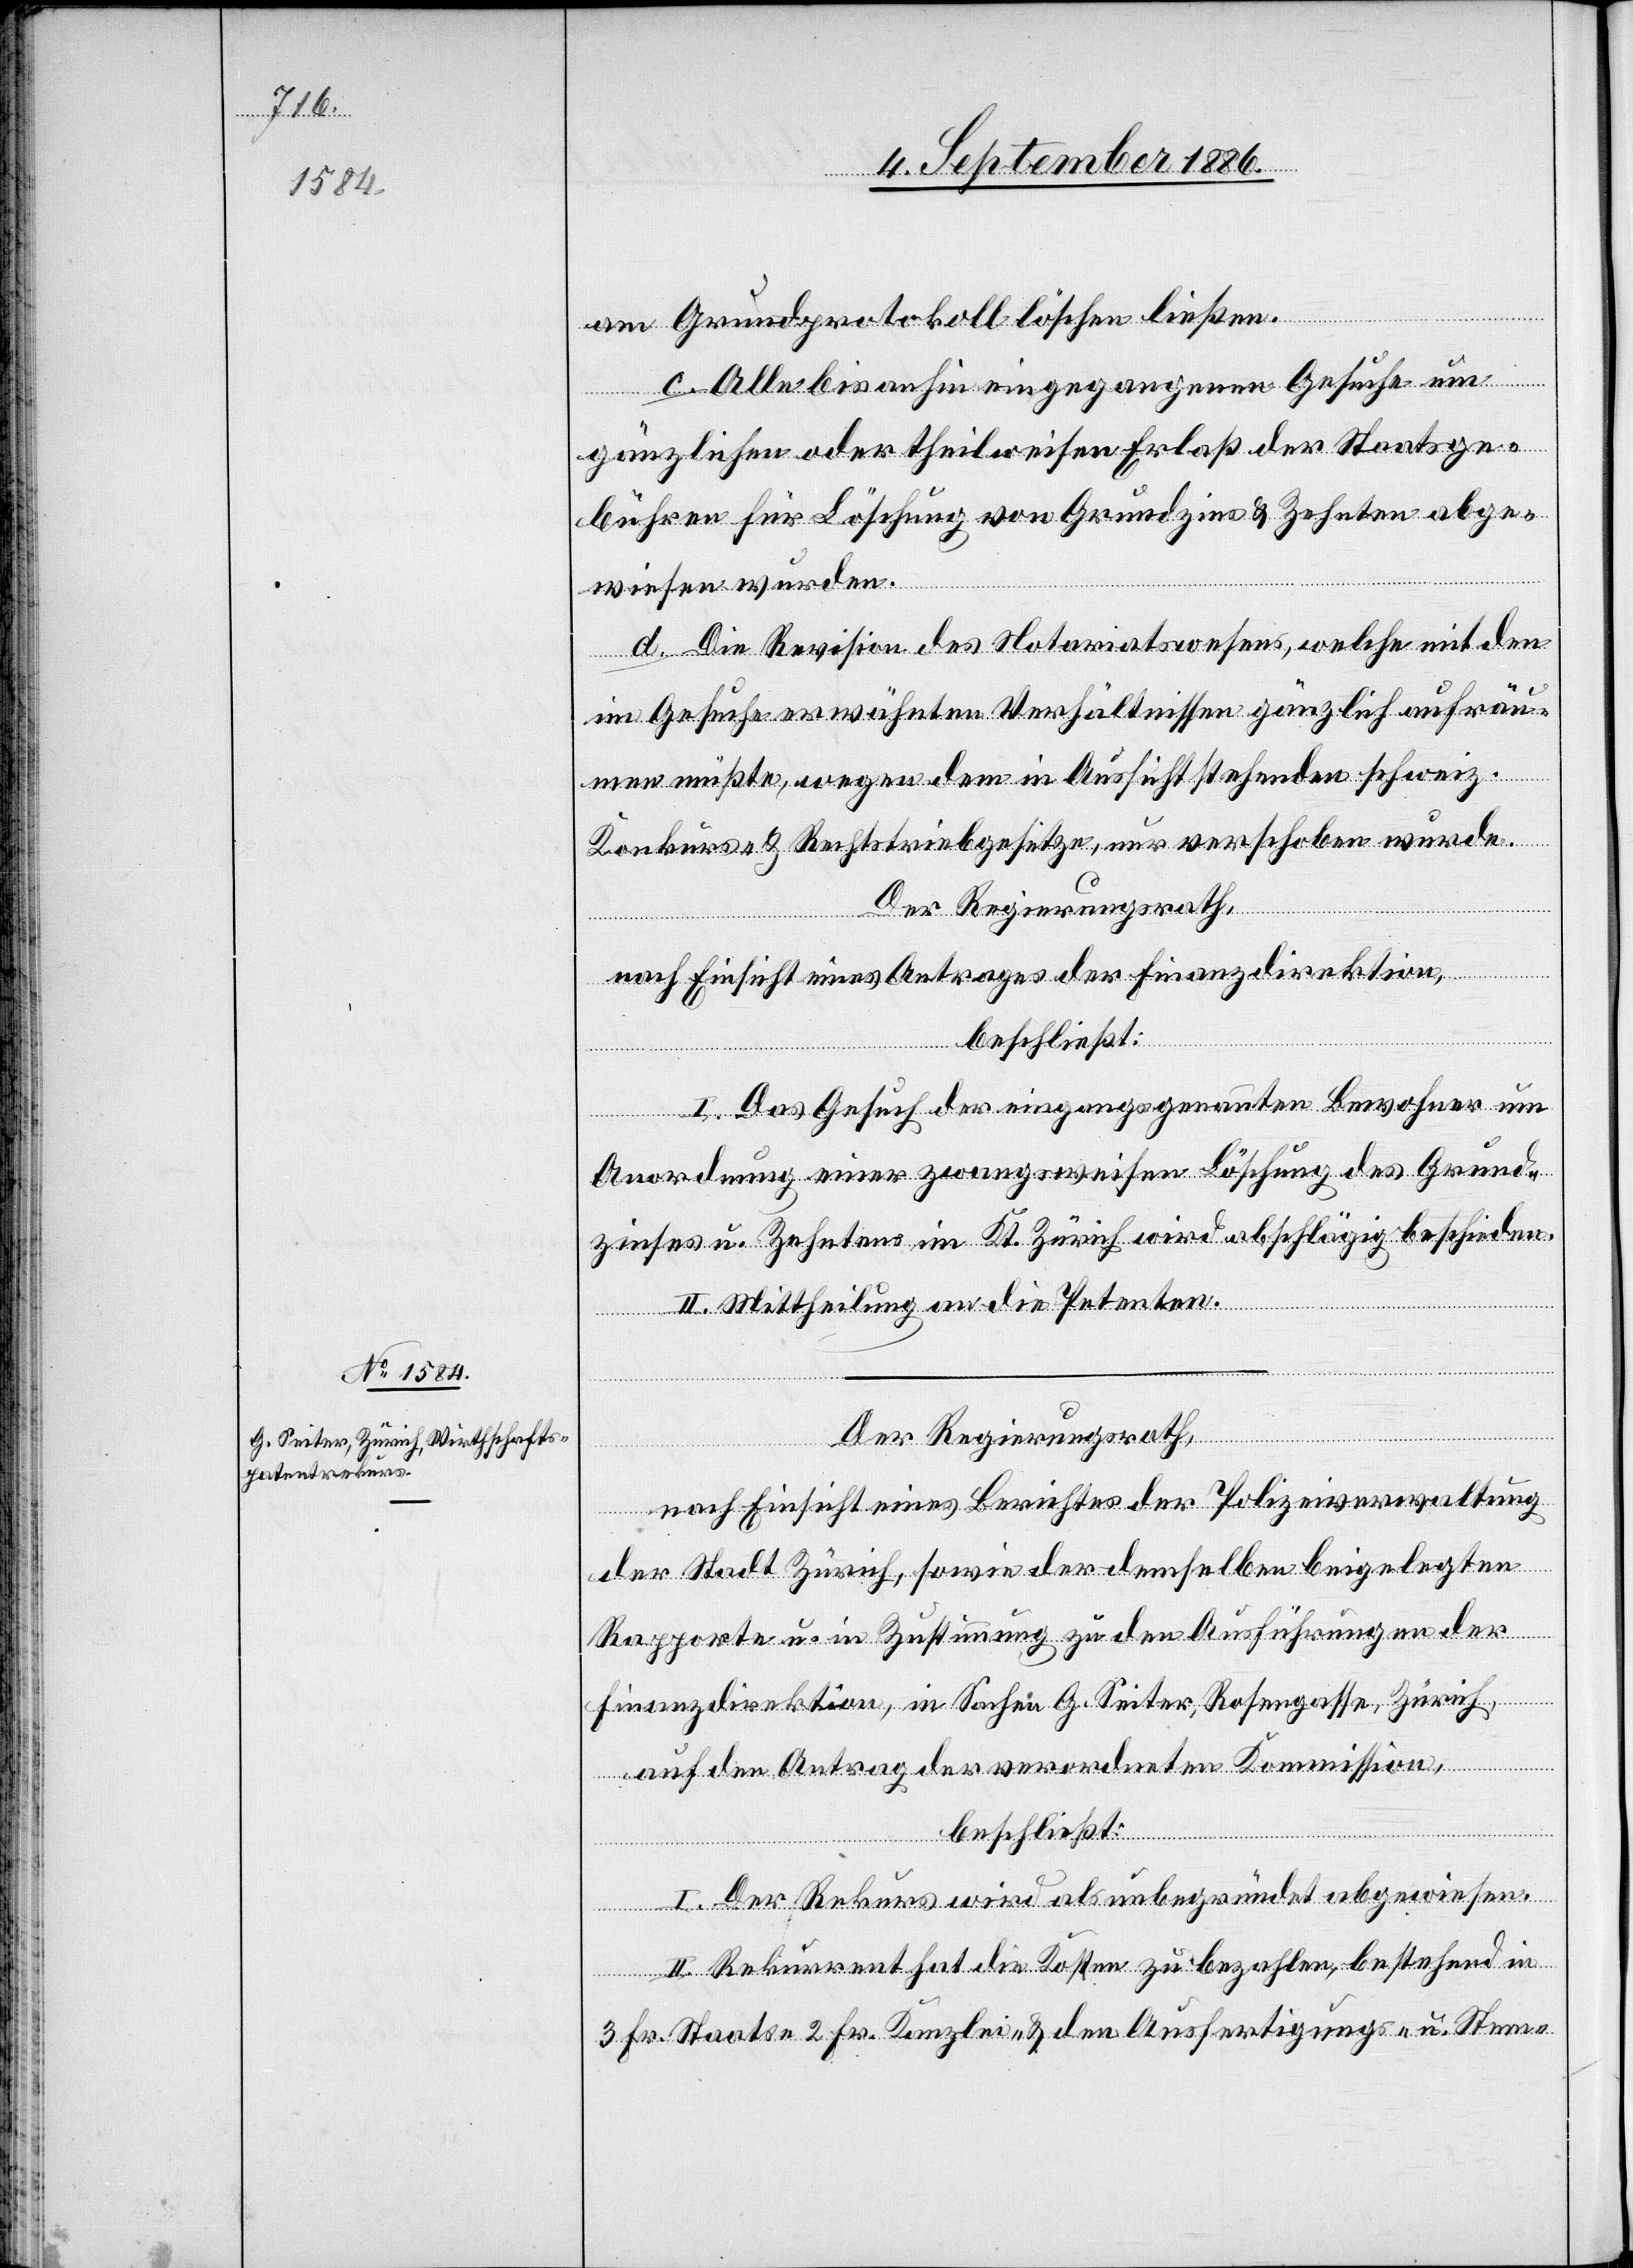
Der Regierungsrath,
nach Einsicht eines Antrages der Polizeiverwaltung
der Stadt Zürich, sowie der demselben beigelegten
Rapporte u. in Zustimmung zu den Ausführungen der
Finanzdirektion, in Sachen G. Seiter, Rosengasse, Zürich,
auf den Antrag der verordneten Kommission,
beschließt:
I. Der Rekurs wird als unbegründet abgewiesen.
II. Rekurrent hat die Kosten zu bezahlen, bestehend in
3 Fr. Staats-, 2 Fr. Kanzlei- & den Ausfertigungs- u. Stem-